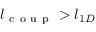
l _ { \mathrm { ~ c ~ o ~ u ~ p ~ } } > l _ { 1 D }